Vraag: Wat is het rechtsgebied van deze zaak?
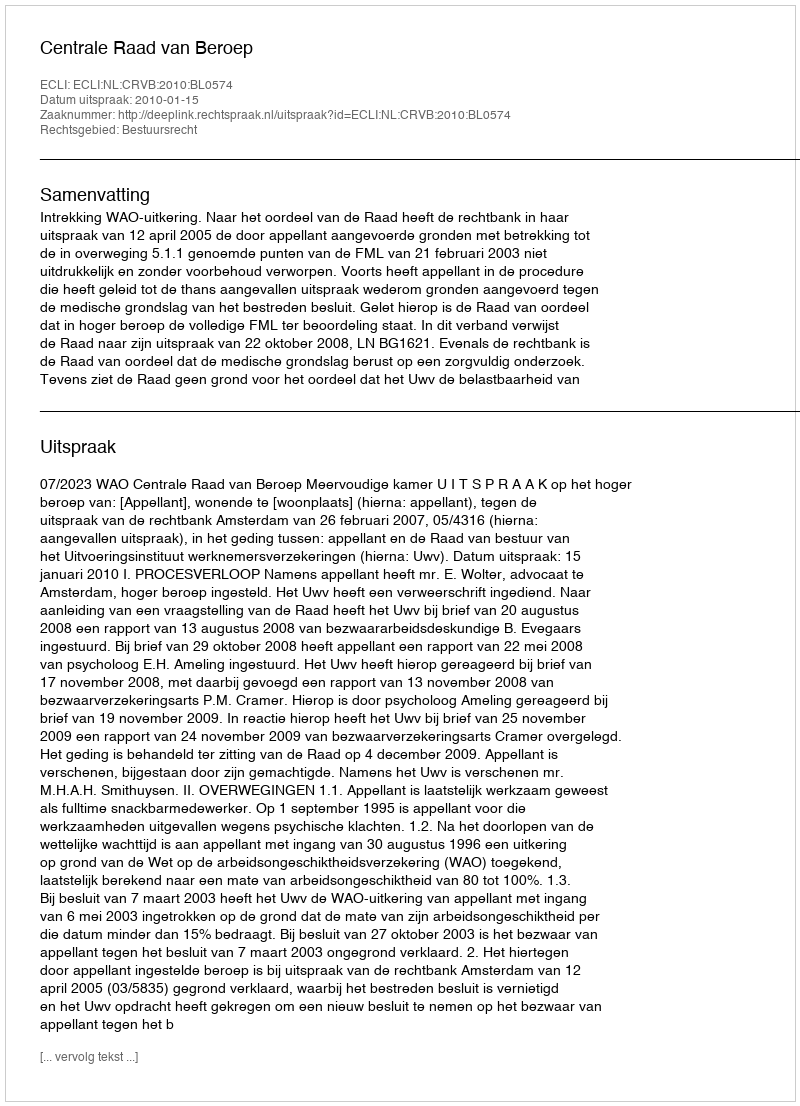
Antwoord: Bestuursrecht